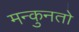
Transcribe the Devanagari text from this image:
मन्कुनतो